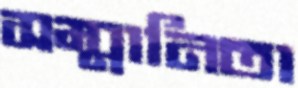
সম্মানিতা